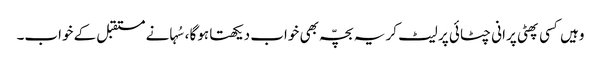
وہیں کسی پھٹی پرانی چٹائی پر لیٹ کر یہ بچّہ بھی خواب دیکھتا ہوگا ،سُہانے مستقبل کے خواب۔